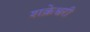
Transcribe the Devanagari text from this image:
शक्रेश्वरी